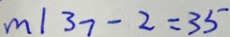
m \vert 3 7 - 2 = 3 5